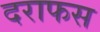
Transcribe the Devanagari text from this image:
दराफस